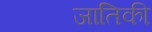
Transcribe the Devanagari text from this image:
जातिकी